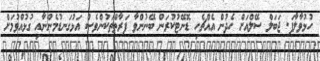
ހުޅުވާލާފަ. ޖަބަލް ސޭލްއަށް ހެދުން އެއްޗެހި ޑޮނޭޓުކުރަން ބޭނުންވާ ފަރާތްތަކުންވެސް އަޅުގަނޑުމެންނާއި ގުޅުއްވުމަށް